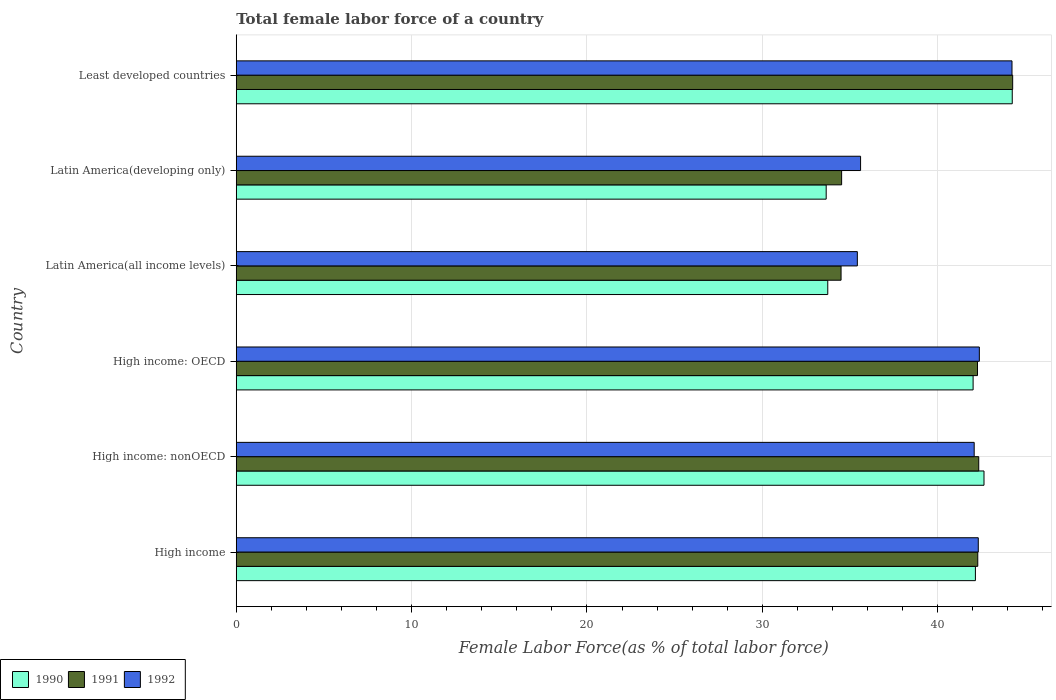
| Country | 1990 | 1991 | 1992 |
 | --- | --- | --- | --- |
 | High income | 42.2 | 42.3 | 42.3 |
 | High income: nonOECD | 42.6 | 42.3 | 42.1 |
 | High income: OECD | 42 | 42.3 | 42.4 |
 | Latin America(all income levels) | 33.7 | 34.5 | 35.4 |
 | Latin America(developing only) | 33.6 | 34.5 | 35.6 |
 | Least developed countries | 44.3 | 44.3 | 44.2 |